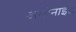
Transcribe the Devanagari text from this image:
अमोनाइट